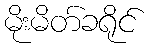
မိုးမိတ်ခရိုင်